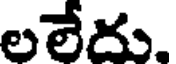
లలేదు.